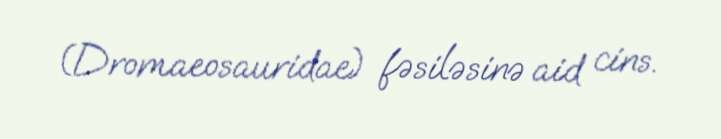
(Dromaeosauridae) fəsiləsinə aid cins.